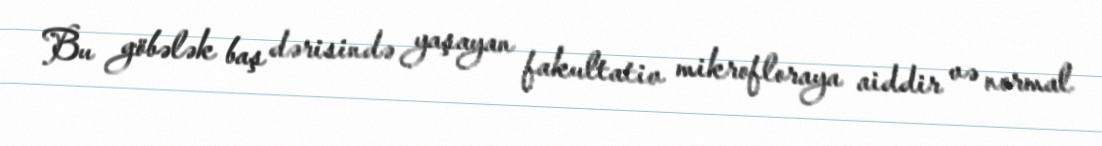
Bu göbələk baş dərisində yaşayan fakultativ mikrofloraya aiddir və normal